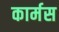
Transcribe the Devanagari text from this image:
कार्मस